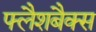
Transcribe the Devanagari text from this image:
फ्लैशबैक्स